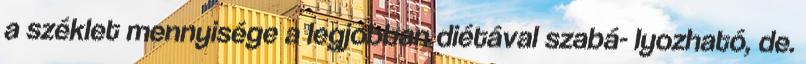
a széklet mennyisége a legjobban diétával szabá- lyozható, de.